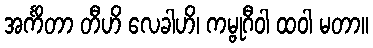
အင်္ကိတာ တီဟိ လေခါဟိ၊ ကမ္ဗုဂီဝါ ထဝါ မတာ။